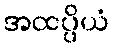
အထပ္ပိယံ